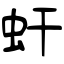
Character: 虷